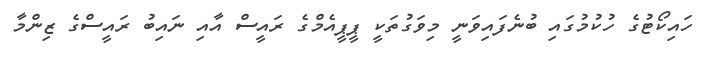
ހައިކޯޓުގެ ހުކުމުގައި ބުނެފައިވަނީ މިވަގުތަކީ ޕީޕީއެމްގެ ރައީސް އާއި ނައިބު ރައީސްގެ ޒިންމާ